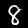
Digit: 8